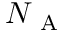
N _ { \mathrm { ~ A ~ } }